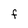
Character: F